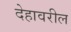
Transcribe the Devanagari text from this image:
देहावरील